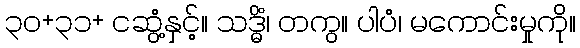
၃၀+၃၁+ ငဆွံ့နှင့်။ သဒ္ဓိံ၊ တကွ။ ပါပံ၊ မကောင်းမှုကို။